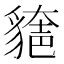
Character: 𧳾